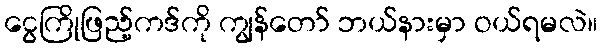
ငွေကြိုဖြည့်ကဒ်ကို ကျွန်တော် ဘယ်နားမှာ ဝယ်ရမလဲ။